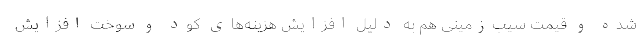
شده و قیمت سیب‌زمینی هم به دلیل افزایش هزینه‌های کود و سوخت افزایش